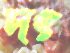
দং